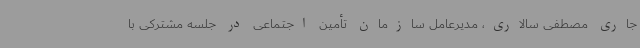
جاری مصطفی سالاری، مدیرعامل سازمان تأمین اجتماعی در جلسه مشترکی با